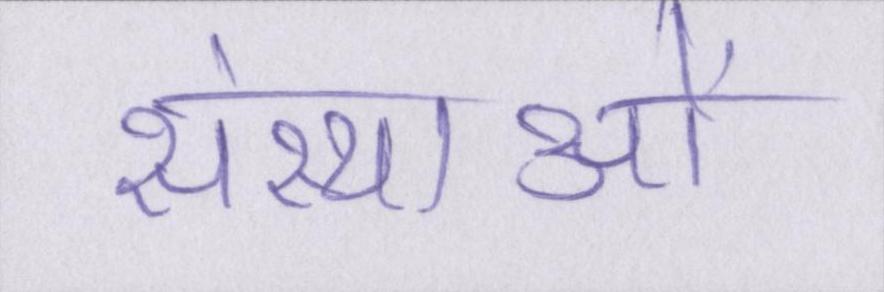
संस्थाओं